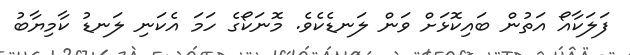
ފަލަކާއޯ އަތުން ބައިކޮޅަށް ވަން ލަނޑެކެވެ. މޮނަކޯގެ ހަމަ އެކަނި ލަނޑު ކާމިޔާބު